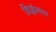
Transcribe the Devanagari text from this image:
डिप्लोमाच